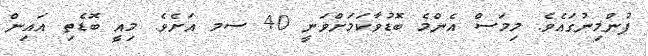
ފުންމިނުގައެވެ. މިމަސް އެންމެ ބޮޑުވާކަމަށްވަނީ 40 ސމ އަށެވެ. މިއީ ބޮޑެތި އައިން